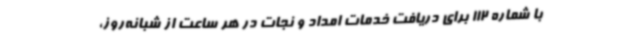
با شماره 112 برای دریافت خدمات امداد و نجات در هر ساعت از شبانه‌روز،